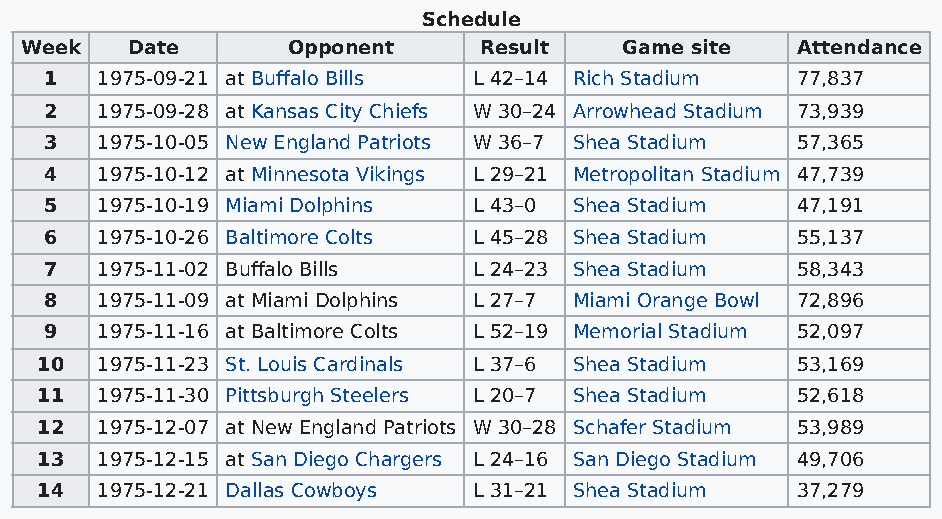
Schedule
 Week   Date       Opponent     Result   Game site   Attendance
 1  1975-09-21 at Buffalo Bills L 42–14 Rich Stadium 77,837
 2  1975-09-28 at Kansas City Chiefs W 30–24 Arrowhead Stadium 73,939
 3  1975-10-05 New England Patriots W 36–7 Shea Stadium 57,365
 4  1975-10-12 at Minnesota Vikings L 29–21 Metropolitan Stadium 47,739
 5  1975-10-19 Miami Dolphins L 43–0 Shea Stadium  47,191
 6  1975-10-26 Baltimore Colts L 45–28 Shea Stadium 55,137
 7  1975-11-02 Buffalo Bills L 24–23 Shea Stadium  58,343
 8  1975-11-09 at Miami Dolphins L 27–7 Miami Orange Bowl 72,896
 9  1975-11-16 at Baltimore Colts L 52–19 Memorial Stadium 52,097
 10  1975-11-23 St. Louis Cardinals L 37–6 Shea Stadium 53,169
 11  1975-11-30 Pittsburgh Steelers L 20–7 Shea Stadium 52,618
 12  1975-12-07 at New England Patriots W 30–28 Schafer Stadium 53,989
 13  1975-12-15 at San Diego Chargers L 24–16 San Diego Stadium 49,706
 14  1975-12-21 Dallas Cowboys L 31–21 Shea Stadium 37,279